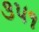
૩૫૧